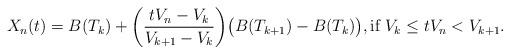
LaTeX: \begin{align*}X_{n}(t)=B(T_{k})+\bigg(\frac{tV_{n}-V_{k}}{V_{k+1}-V_{k}}\bigg)\big(B(T_{k+1})-B(T_{k})\big),\hbox{if}~V_{k}\leq tV_{n}<V_{k+1}.\end{align*}